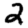
Digit: 2